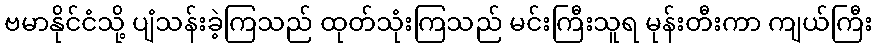
ဗမာနိုင်ငံသို့ ပျံသန်းခဲ့ကြသည် ထုတ်သုံးကြသည် မင်းကြီးသူရ မုန်းတီးကာ ကျယ်ကြီး